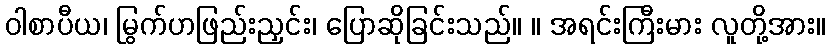
ဝါစာပီယ၊ မြွက်ဟဖြည်းညှင်း၊ ပြောဆိုခြင်းသည်။ ။ အရင်းကြီးမား လူတို့အား။